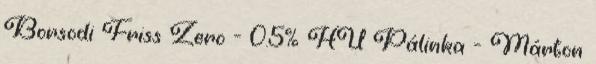
Borsodi Friss Zero - 0.5% HU Pálinka - Márton